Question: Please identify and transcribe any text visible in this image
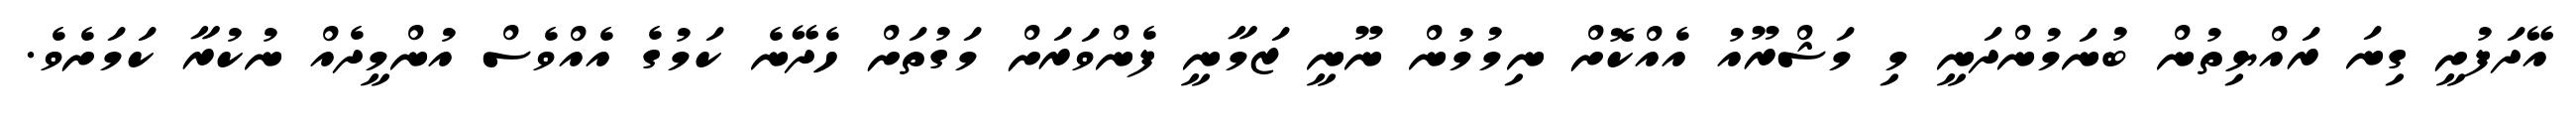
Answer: އޭދަފުށީ ގިނަ ރައްޔިތުން ބުނަމުންދަނީ މި މަޝްރޫއު އެއްކޮށް ނިމުމުން ނޫނީ ޒަމާނީ ފެންވަރަށް މަގުތަށް ހެދޭނެ ކަމުގެ އެއްވެސް އުންމީދެއް ނުކުރާ ކަމަށެވެ.